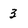
Character: 3